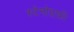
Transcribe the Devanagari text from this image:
स्टेनोग्राफ़ी